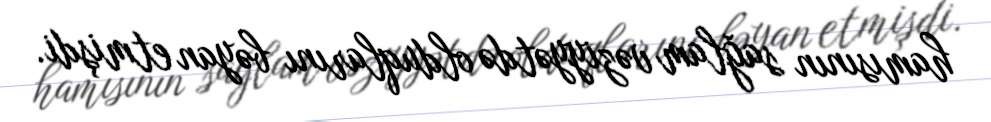
hamısının sağlam vəziyyətdə olduqlarını bəyan etmişdi.